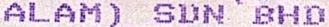
ALAM) SDN BHD